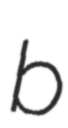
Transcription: b